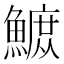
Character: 𫙴